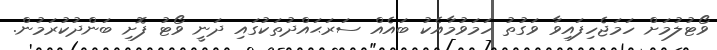
ވޯޓުލުމަށް ހަމަޖެހިފައިވާ ވަގުތު ހަމަވުމާއެކު ބައެއް ސަރަޙައްދުތަކުގައި ދަނީ ވޯޓު ފޮށި ބަންދުކުރަމުން.